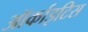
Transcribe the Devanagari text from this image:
ऑर्काइटिस